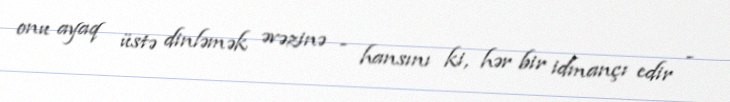
onu ayaq üstə dinləmək əvəzinə - hansını ki, hər bir idmançı edir -